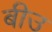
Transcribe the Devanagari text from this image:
बीउ